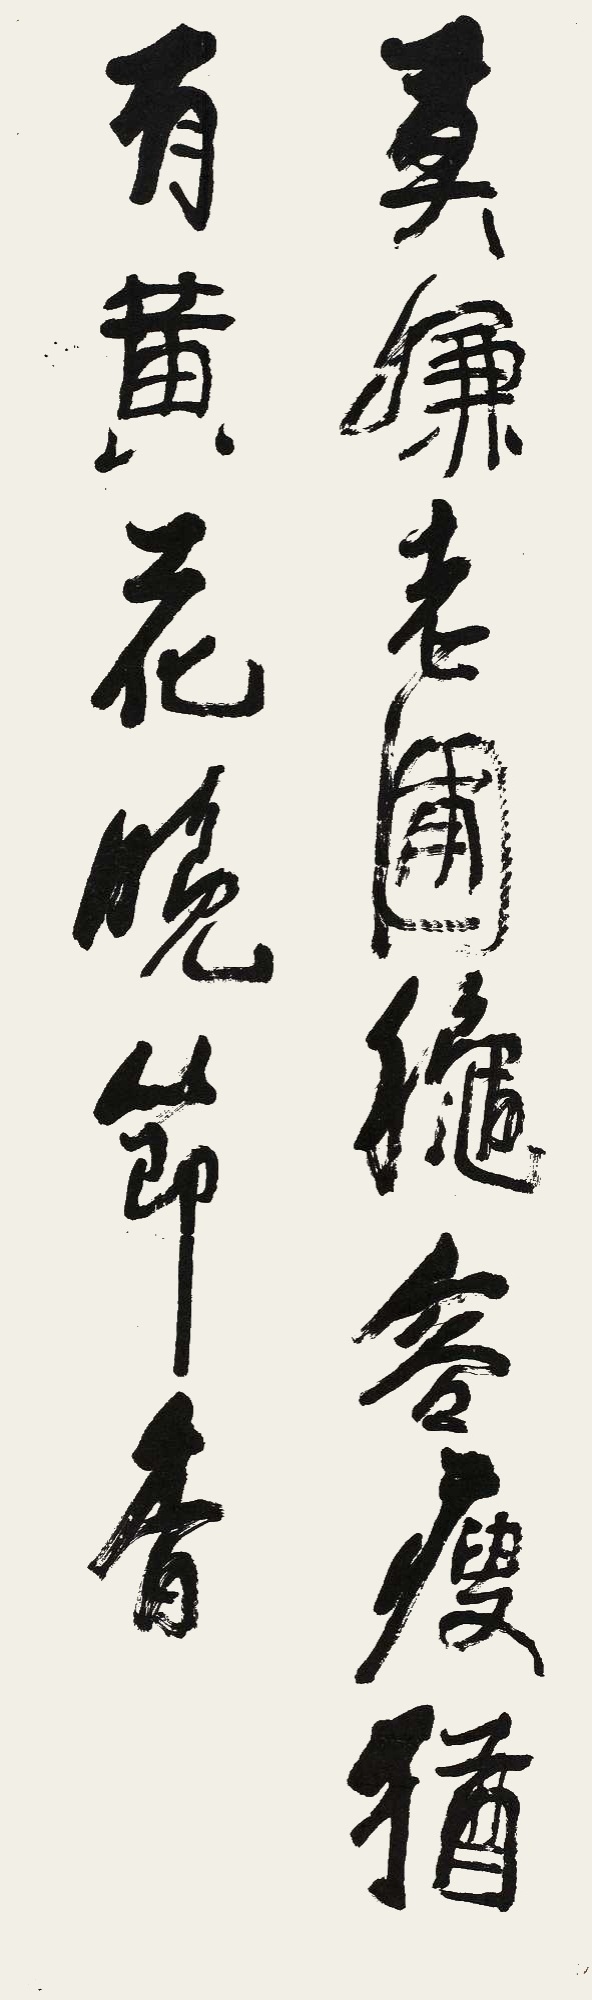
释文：莫嫌老圃秋容瘦，犹有黄花晚节香。